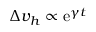
\Delta v _ { h } \propto \mathrm { e } ^ { \gamma t }